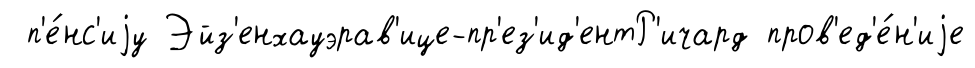
п'е́нс'иjу Эйз'енхауэрав'ице-пр'ез'ид'ентР'ичард пров'ед'е́н'иjе